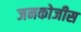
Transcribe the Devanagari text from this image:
जनकोजीस